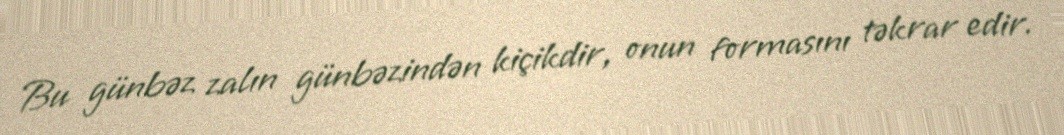
Bu günbəz zalın günbəzindən kiçikdir, onun formasını təkrar edir.